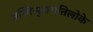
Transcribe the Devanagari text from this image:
तस्मिन्पुरारातिलोके